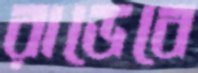
রাডেবে